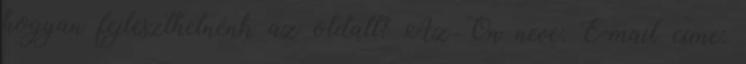
hogyan fejleszthetnénk az oldalt? Az Ön neve: E-mail címe: